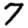
Digit: 7